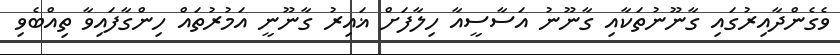
ވެގެންދާއިރުގައި ގާނޫނުތަކާއި ގާނޫނު އަސާސީއާ ހިލާފަށް ޣައިރު ގާނޫނީ އަމުރުތައް ހިންގާފައިވާ ތިއްބެވި